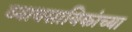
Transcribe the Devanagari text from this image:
व्यावसायिकांच्या